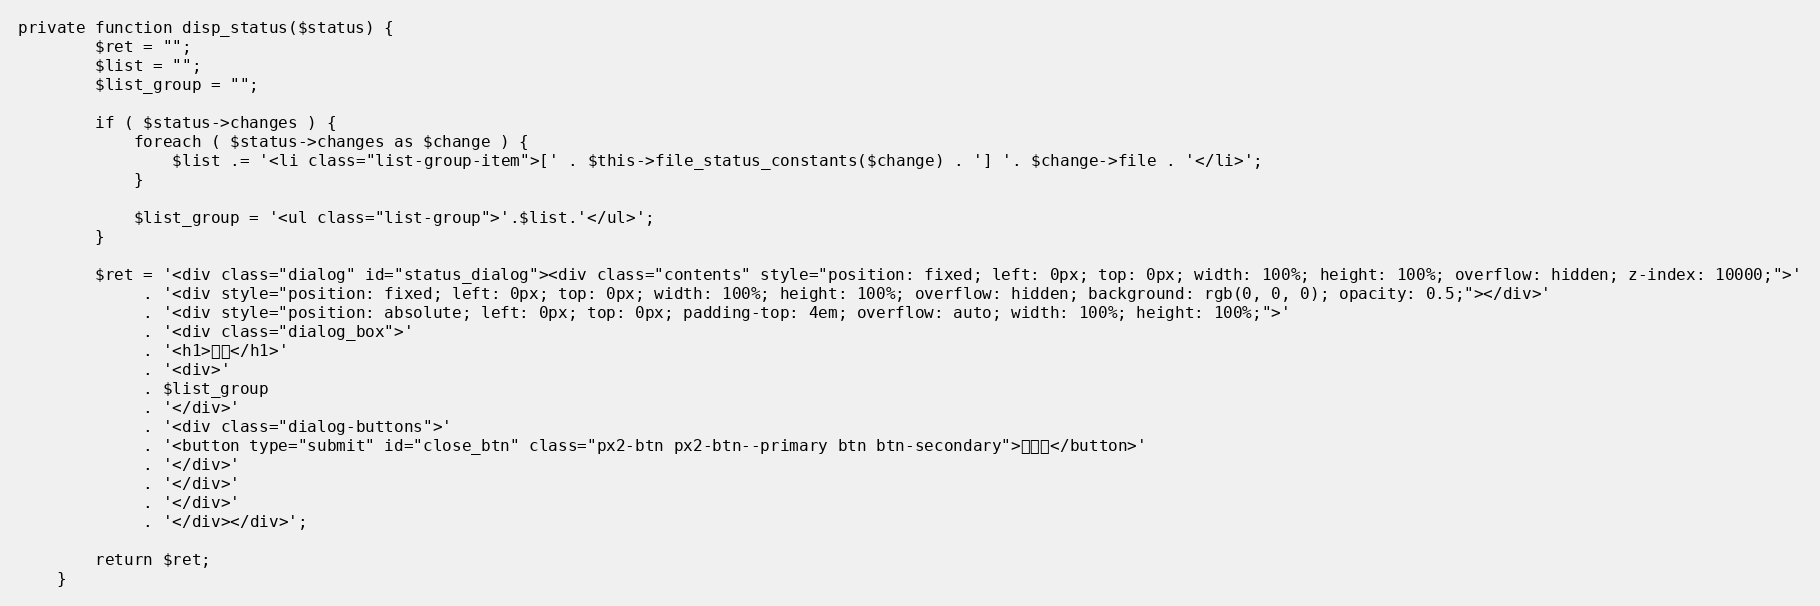
Language: PHP
private function disp_status($status) {
		$ret = "";
		$list = "";
		$list_group = "";

		if ( $status->changes ) {
			foreach ( $status->changes as $change ) {
				$list .= '<li class="list-group-item">[' . $this->file_status_constants($change) . '] '. $change->file . '</li>';
			}

			$list_group = '<ul class="list-group">'.$list.'</ul>';
		}

		$ret = '<div class="dialog" id="status_dialog"><div class="contents" style="position: fixed; left: 0px; top: 0px; width: 100%; height: 100%; overflow: hidden; z-index: 10000;">'
			 . '<div style="position: fixed; left: 0px; top: 0px; width: 100%; height: 100%; overflow: hidden; background: rgb(0, 0, 0); opacity: 0.5;"></div>'
			 . '<div style="position: absolute; left: 0px; top: 0px; padding-top: 4em; overflow: auto; width: 100%; height: 100%;">'
			 . '<div class="dialog_box">'
			 . '<h1>状態</h1>'
			 . '<div>'
			 . $list_group
			 . '</div>'
			 . '<div class="dialog-buttons">'
			 . '<button type="submit" id="close_btn" class="px2-btn px2-btn--primary btn btn-secondary">閉じる</button>'
			 . '</div>'
			 . '</div>'
			 . '</div>'
			 . '</div></div>';

		return $ret;
	}